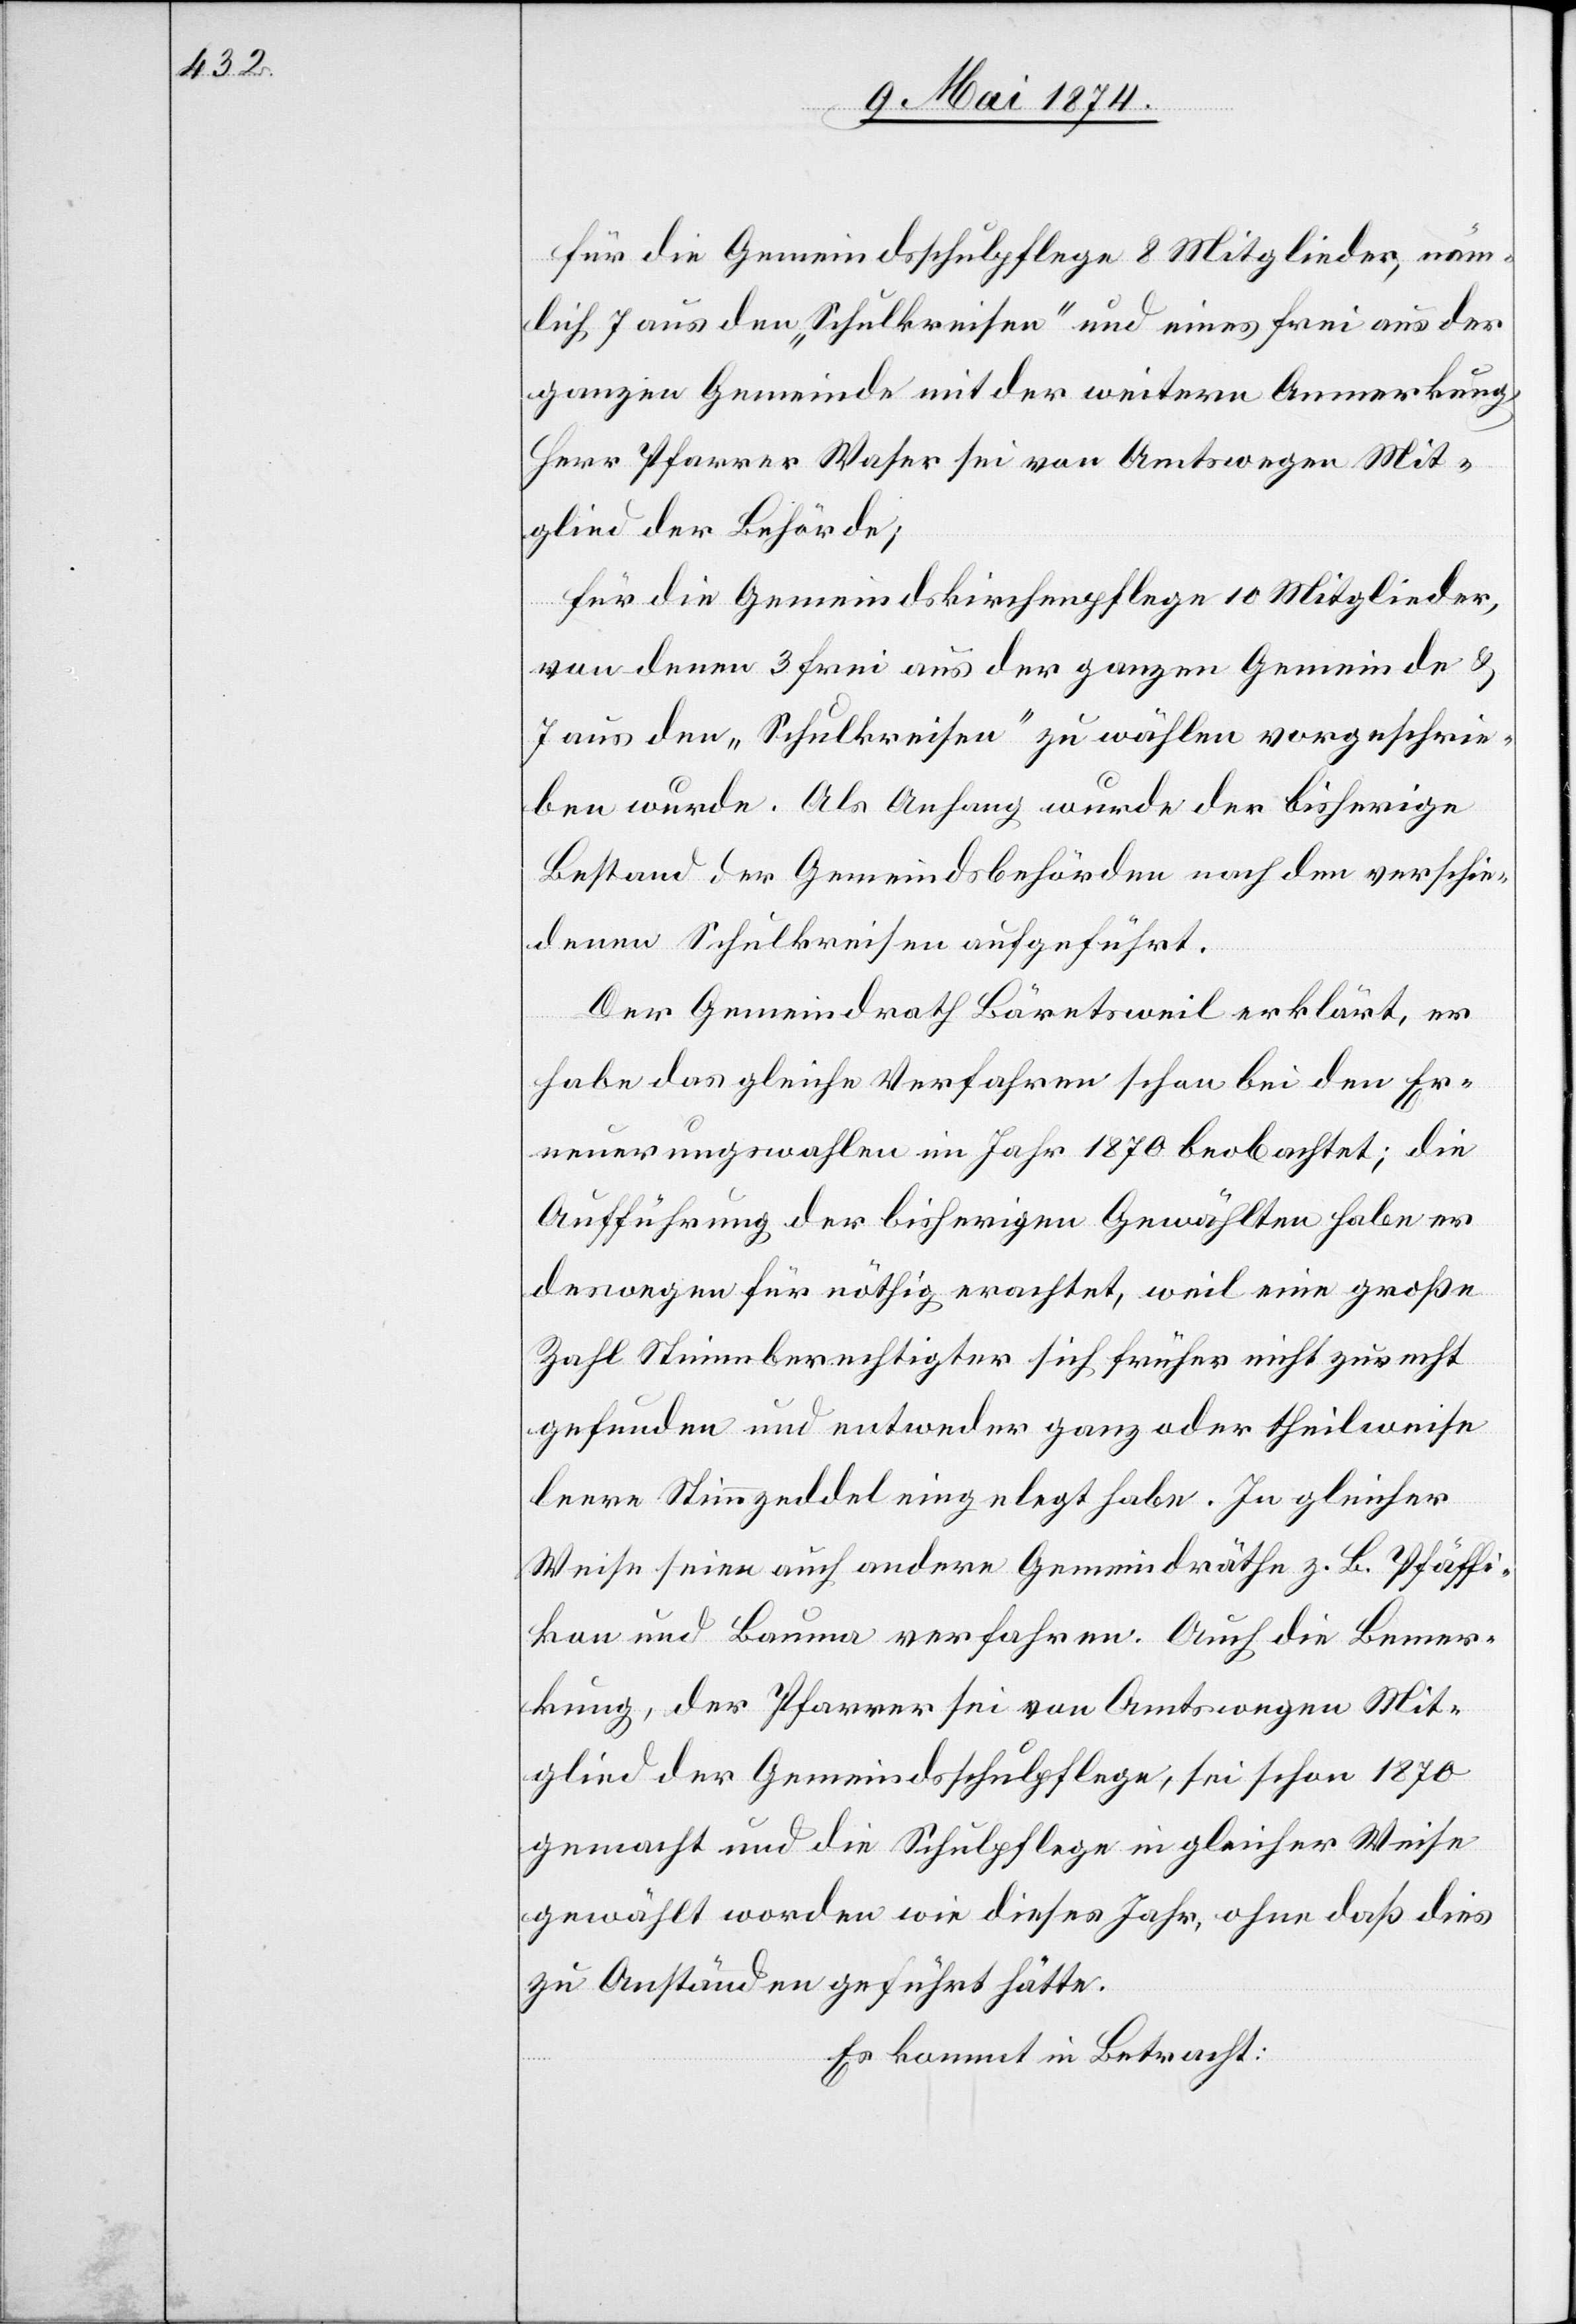
für die Gemeindsschulpflege 8 Mitglieder, näm¬
lich 7 aus den „Schulkreisen“ und eines frei aus der
ganzen Gemeinde mit der weitern Anmerkung,
Herr Pfarrer Waser sei von Amtswegen Mit¬
glied der Behörde;
für die Gemeindskirchenpflege 10 Mitglieder,
von denen 3 frei aus der ganzen Gemeinde u.
7 aus den „Schulkreisen“ zu wählen vorgeschrie¬
ben wurde. Als Anhang wurde der bisherige
Bestand der Gemeindsbehörden nach den verschie¬
denen Schulkreisen aufgeführt.
Der Gemeindrath Bärentsweil erklärt, er
habe das gleiche Verfahren schon bei den Er¬
neuerungswahlen im Jahr 1870 beobachtet: die
Aufführung der bisherigen Gewählten habe er
deswegen für nöthig erachtet, weil eine große
Zahl Stimmberechtigter sich früher nicht zurecht
gefunden und entweder ganz oder theilweise
leere Stimmzeddel eingelegt habe. In gleicher
Weise seien auch andere Gemeindräthe z. B. Pfäffi¬
kon und Bauma verfahren. Auch die Bemer¬
kung, der Pfarrer sei von Amtswegen Mit¬
glied der Gemeindschulpflege, sei schon 1870
gemacht und die Schulpflege in gleicher Weise
gewählt worden wie dieses Jahr, ohne daß dies
zu Anständen geführt hätte.
Es kommt in Betracht: